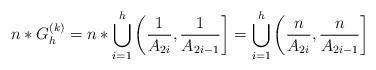
LaTeX: \begin{align*}n \ast G_h^{(k)} = n \ast \bigcup_{i=1}^h \left(\frac{1}{A_{2i}}, \frac{1}{A_{2i-1}} \right] = \bigcup_{i=1}^h \left(\frac{n}{A_{2i}}, \frac{n}{A_{2i-1}} \right]\end{align*}